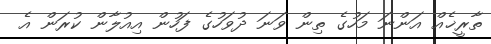
ތާރީޚެއް އަންނަ މަހުގެ ތިން ވަނަ ދުވަހުގެ ފަހުން އިއުލާން ކުރަން އެ